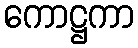
ကောဋ္ဌကာ